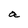
Character: a